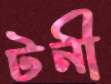
টনী